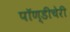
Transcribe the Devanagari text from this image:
पॉण्डीचेरी